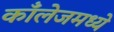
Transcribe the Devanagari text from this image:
काँलेजमध्ये